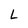
Character: L